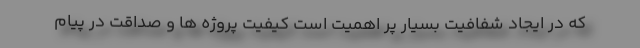
که در ایجاد شفافیت بسیار پر اهمیت است کیفیت پروژه ها ‌و صداقت در پیام